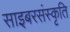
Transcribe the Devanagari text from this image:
साइबरसंस्कृति